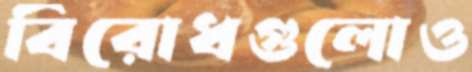
বিরোধগুলোও